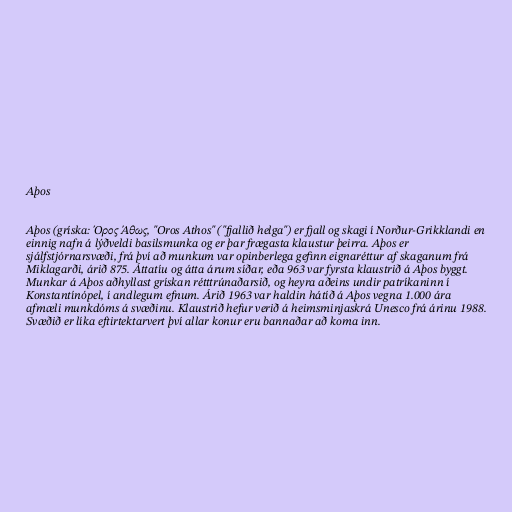
Aþos

Aþos (gríska: Όρος Άθως, "Oros Athos" ("fjallið helga") er fjall og skagi í Norður-Grikklandi en
einnig nafn á lýðveldi basilsmunka og er þar frægasta klaustur þeirra. Aþos er
sjálfstjórnarsvæði, frá því að munkum var opinberlega gefinn eignaréttur af skaganum frá
Miklagarði, árið 875. Áttatíu og átta árum síðar, eða 963 var fyrsta klaustrið á Aþos byggt.
Munkar á Aþos aðhyllast grískan rétttrúnaðarsið, og heyra aðeins undir patríkaninn í
Konstantínópel, í andlegum efnum. Árið 1963 var haldin hátíð á Aþos vegna 1.000 ára
afmæli munkdóms á svæðinu. Klaustrið hefur verið á heimsminjaskrá Unesco frá árinu 1988.
Svæðið er líka eftirtektarvert því allar konur eru bannaðar að koma inn.